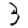
Digit: 3